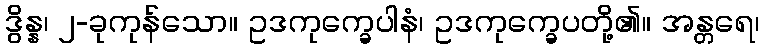
ဒွိန္န၊ ၂-ခုကုန်သော။ ဥဒကုက္ခေပါနံ၊ ဥဒကုက္ခေပတို့၏။ အန္တရေ၊